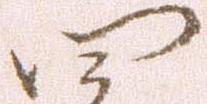
四